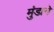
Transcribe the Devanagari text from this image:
मुंडाने